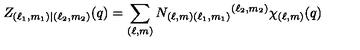
Z _ { ( \ell _ { 1 } , m _ { 1 } ) | ( \ell _ { 2 } , m _ { 2 } ) } ( q ) = \sum _ { ( \ell , m ) } N _ { ( \ell , m ) ( \ell _ { 1 } , m _ { 1 } ) } { } ^ { ( \ell _ { 2 } , m _ { 2 } ) } \chi _ { ( \ell , m ) } ( q )